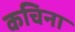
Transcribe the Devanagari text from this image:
कचिना